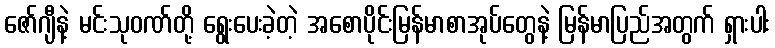
ဇော်ဂျီနဲ့ မင်းသုဝဏ်တို့ ရွေးပေးခဲ့တဲ့ အစောပိုင်းမြန်မာစာအုပ်တွေနဲ့ မြန်မာပြည်အတွက် ရှားပါး